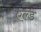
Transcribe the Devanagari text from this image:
एल्ड